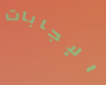
الإجابات